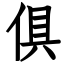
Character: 俱